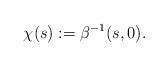
LaTeX: \begin{align*}\chi(s):= \beta^{-1}(s, 0). \end{align*}